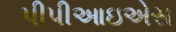
પીપીઆઇએસ